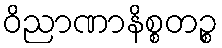
ဝိညာဏာနိစ္စတဉ္စ